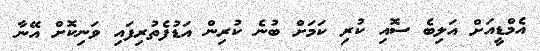
އެމްޑީއަށް އަލިބެ ސޮއި ކުރި ކަމަށް ބުނެ ކުރިން އަޑުފެތުރިފައި ވަނިކޮށް އޭނާ